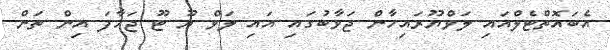
އެބައޮތްޓެލްއައި ލަވްޔޫރައިހާން ޖަވާބުގައި އައި ލަވް ޔޫ ޓޫ ޖަހާފަ އިން ތަން